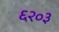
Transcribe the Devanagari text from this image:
६२०३